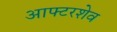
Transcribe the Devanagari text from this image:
आफ्टरशेव